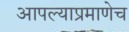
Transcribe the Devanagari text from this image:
आपल्याप्रमाणेच